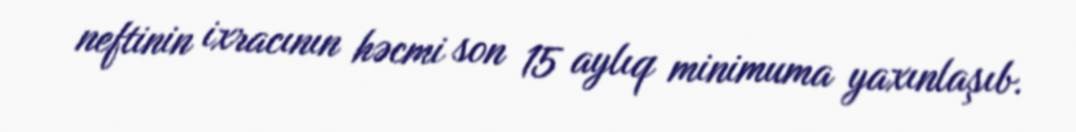
neftinin ixracının həcmi son 15 aylıq minimuma yaxınlaşıb.